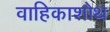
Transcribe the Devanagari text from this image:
वाहिकाशोथ